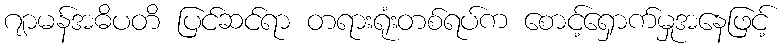
ဂျာမန်အဓိပတိ ပြင်ဆင်ရာ တရားရုံးတစ်ရပ်က စောင့်ရှောက်မှုအနေဖြင့်